Annual administration report of the Civil Veterinary Department, Sind - 1943-1944
Year: 1943
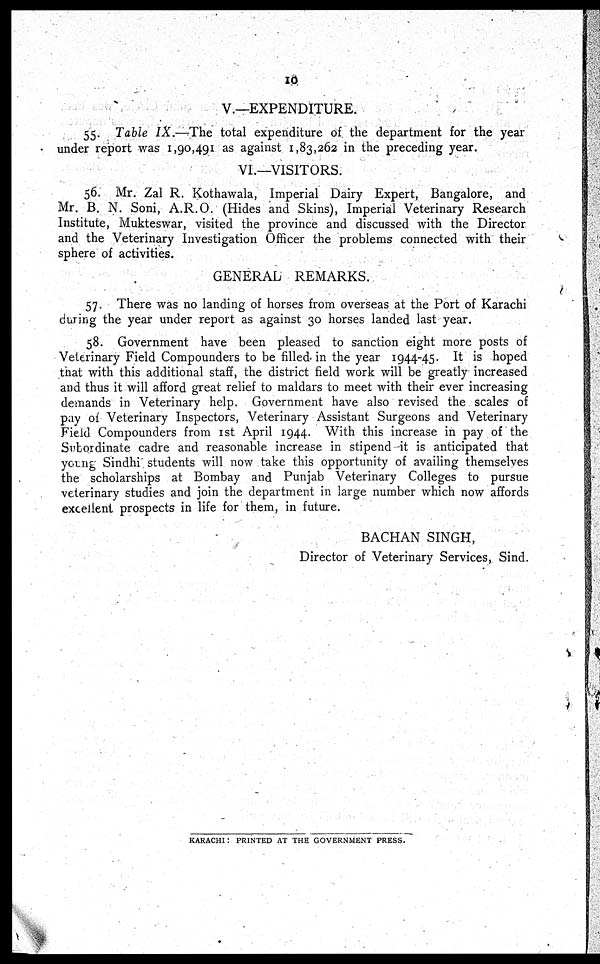
10
V.—EXPENDITURE.
55. Table IX.—The total expenditure of the department for the year
under report was 1,90,491 as against 1,83,262 in the preceding year.
VI.—VISITORS.
56. Mr. Zal R. Kothawala, Imperial Dairy Expert, Bangalore, and
Mr. B. N. Soni, A.R.O. (Hides and Skins), Imperial Veterinary Research
Institute, Mukteswar, visited the province and discussed with the Director
and the Veterinary Investigation Officer the problems connected with their
sphere of activities.
GENERAL REMARKS.
57. There was no landing of horses from overseas at the Port of Karachi
during the year under report as against 30 horses landed last year.
58. Government have been pleased to sanction eight more posts of
Veterinary Field Compounders to be filled in the year 1944-45. It is hoped
that with this additional staff, the district field work will be greatly increased
and thus it will afford great relief to maldars to meet with their ever increasing
demands in Veterinary help. Government have also revised the scales of
pay of Veterinary Inspectors, Veterinary Assistant Surgeons and Veterinary
Field Compounders from 1st April 1944. With this increase in pay of the
Subordinate cadre and reasonable increase in stipend it is anticipated that
young Sindhi students will now take this opportunity of availing themselves
the scholarships at Bombay and Punjab Veterinary Colleges to pursue
veterinary studies and join the department in large number which now affords
excellent prospects in life for them, in future.
BACHAN SINGH,
Director of Veterinary Services, Sind.
KARACHI : PRINTED AT THE GOVERNMENT PRESS.